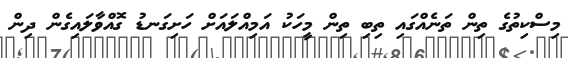
މިސްކިތުގެ ތިން ތަނެއްގައި ތިބި ތިން މީހަކު އަމިއްލައަށް ހަށިގަނޑު ގޮއްވާލައިގެން ދިން